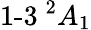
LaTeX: {\operatorname{1-3}}\! \! \! \phantom{A}^{2}A_{1}